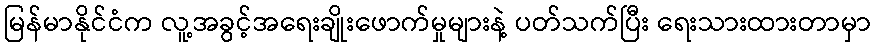
မြန်မာနိုင်ငံက လူ့အခွင့်အရေးချိုးဖောက်မှုများနဲ့ ပတ်သက်ပြီး ရေးသားထားတာမှာ